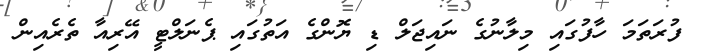
ފުރަތަމަ ހާފުގައި މިލާނުގެ ނައިޖަލް ޑި ޔޮންގެ އަތުގައި ޕެނަލްޓީ އޭރިއާ ތެރެއިން